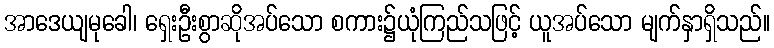
အာဒေယျမုခေါ၊ ရှေးဦးစွာဆိုအပ်သော စကား၌ယုံကြည်သဖြင့် ယူအပ်သော မျက်နှာရှိသည်။